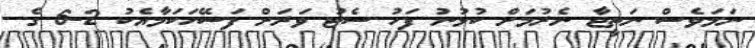
ނަމަވެސް ނަތީޖާ ނެރުމަށް ކުޅުނު ފަހު ސެޓު ވަރަށް ފަސޭހަކަމާއެކު 2-6 ގެ